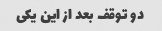
دو توقف بعد از این یکی